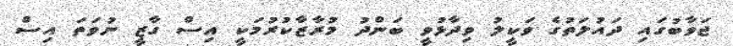
ޖަވާބުގައި ދައުލަތުގެ ވަކީލު ވިދާޅުވީ ބަންދު މުރާޒާކުރުމަކީ އިސް ގާޒީ ނުވަތަ އިސް